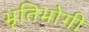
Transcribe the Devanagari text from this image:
भृतिभोगी